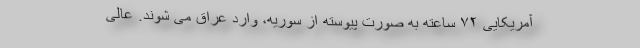
آمریکایی ۷۲ ساعته به صورت پیوسته از سوریه، وارد عراق می شوند. عالی